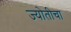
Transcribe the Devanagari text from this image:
ज्योतीचा